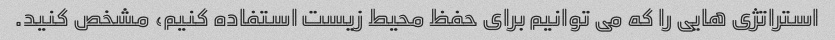
استراتژی هایی را که می توانیم برای حفظ محیط زیست استفاده کنیم، مشخص کنید.